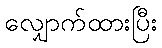
လျှောက်ထားပြီး